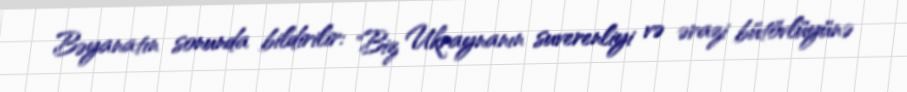
Bəyanatın sonunda bildirilir: "Biz Ukraynanın suverenliyi və ərazi bütövlüyünə